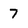
Character: 7